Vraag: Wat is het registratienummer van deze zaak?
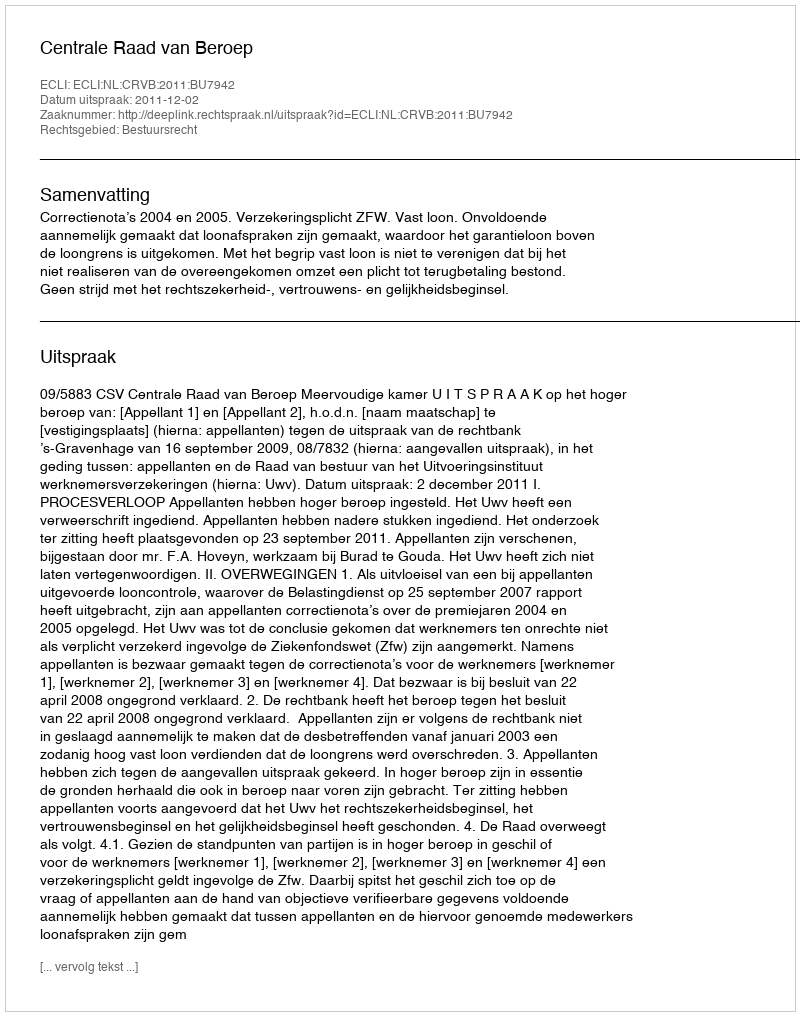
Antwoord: http://deeplink.rechtspraak.nl/uitspraak?id=ECLI:NL:CRVB:2011:BU7942